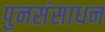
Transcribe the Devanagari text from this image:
पुनसंसाधन